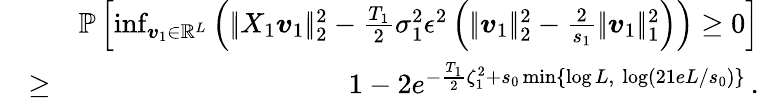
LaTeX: \begin{array}{rlr}&{}&{\mathbb P\left[\operatorname*{inf}_{\boldsymbol{v}_{1}\in\mathbb R^{L}}\left(|\! |X_{1}\boldsymbol{v}_{1}|\! |_{2}^{2}-\frac{T_{1}}2\sigma_{1}^{2}\epsilon^{2}\left(|\! |\boldsymbol{v}_{1}|\! |_{2}^{2}-\frac 2{s_{1}}|\! |\boldsymbol{v}_{1}|\! |_{1}^{2}\right)\right)\geq 0\right]}\\ &{\geq}&{1-2e^{-\frac{T_{1}}2\zeta_{1}^{2}+s_{0}\operatorname*{min}\{ \log L,~\log(21eL/s_{0})\} }\, .}\end{array}